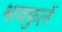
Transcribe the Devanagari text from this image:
भावफुलें